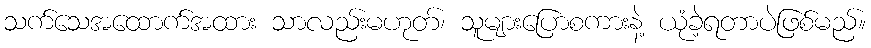
သက်သေအထောက်အထား သာလည်းမဟုတ်၊ သူများပြောစကားနဲ့ ယုံခဲ့ရတာပဲဖြစ်မည်။